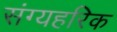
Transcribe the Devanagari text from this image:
संग्यहरिक